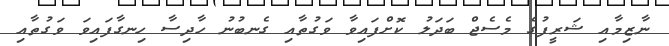
ނާޒިމާއި ޝަރީފުގެ މެސެޖް ބަދަލު ކޮށްފައިވާ ވަގުތާއި ގެނބުނު ހާދިސާ ހިނގާފައިވަ ވަގުތާއި